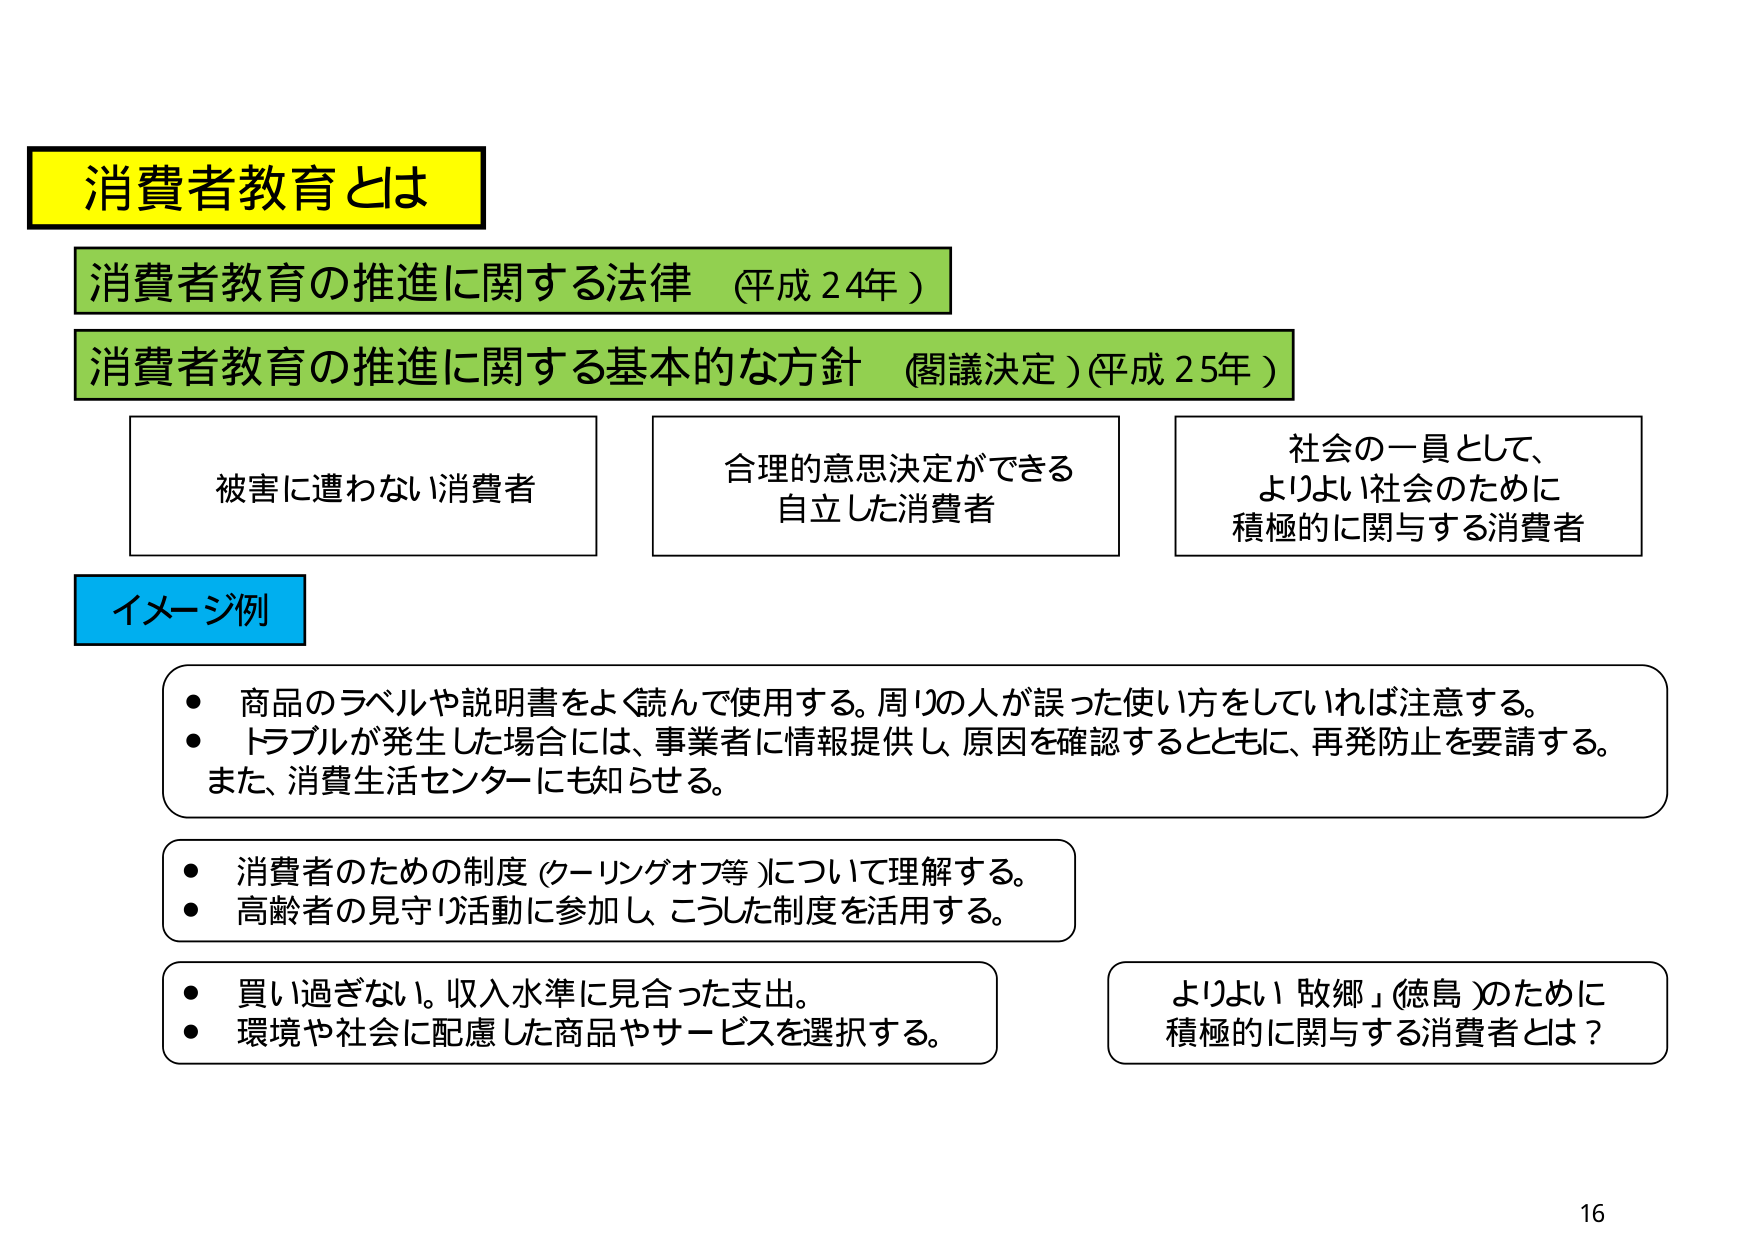
消費者教育とは
消費者教育の推進に関する法律（平成24年）
消費者教育の推進に関する基本的な方針（閣議決定）（平成25年）
被害に遭わない消費者
合理的意思決定ができる
自立した消費者
社会の一員として、
よりよい社会のために
積極的に関与する消費者
イメージ例
・商品のラベルや説明書をよく読んで使用する。周りの人が誤った使い方をしていれば注意する。
・トラブルが発生した場合には、事業者に情報提供し、原因を確認するとともに、再発防止を要請する。
また、消費生活センターにも知らせる。
・消費者のための制度（クーリングオフ等）について理解する。
・高齢者の見守り活動に参加し、こうした制度を活用する。
・買い過ぎない。収入水準に見合った支出。
・環境や社会に配慮した商品やサービスを選択する。
よりよい「故郷」（徳島）のために
積極的に関与する消費者とは？
16